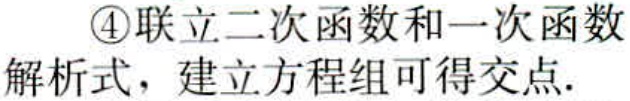
\textcircled{4}联立二次函数和一次函数
解析式，建立方程组可得交点.